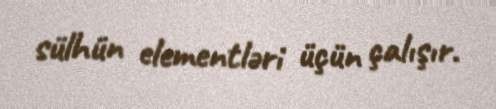
sülhün elementləri üçün çalışır.